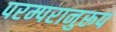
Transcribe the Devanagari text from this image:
परम्परानुरूप